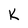
Character: K